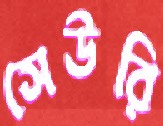
সেউরি